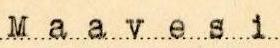
Maavesi